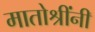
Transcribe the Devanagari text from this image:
मातोश्रींनी